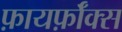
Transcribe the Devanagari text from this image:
फ़ायर्फ़ॉक्स